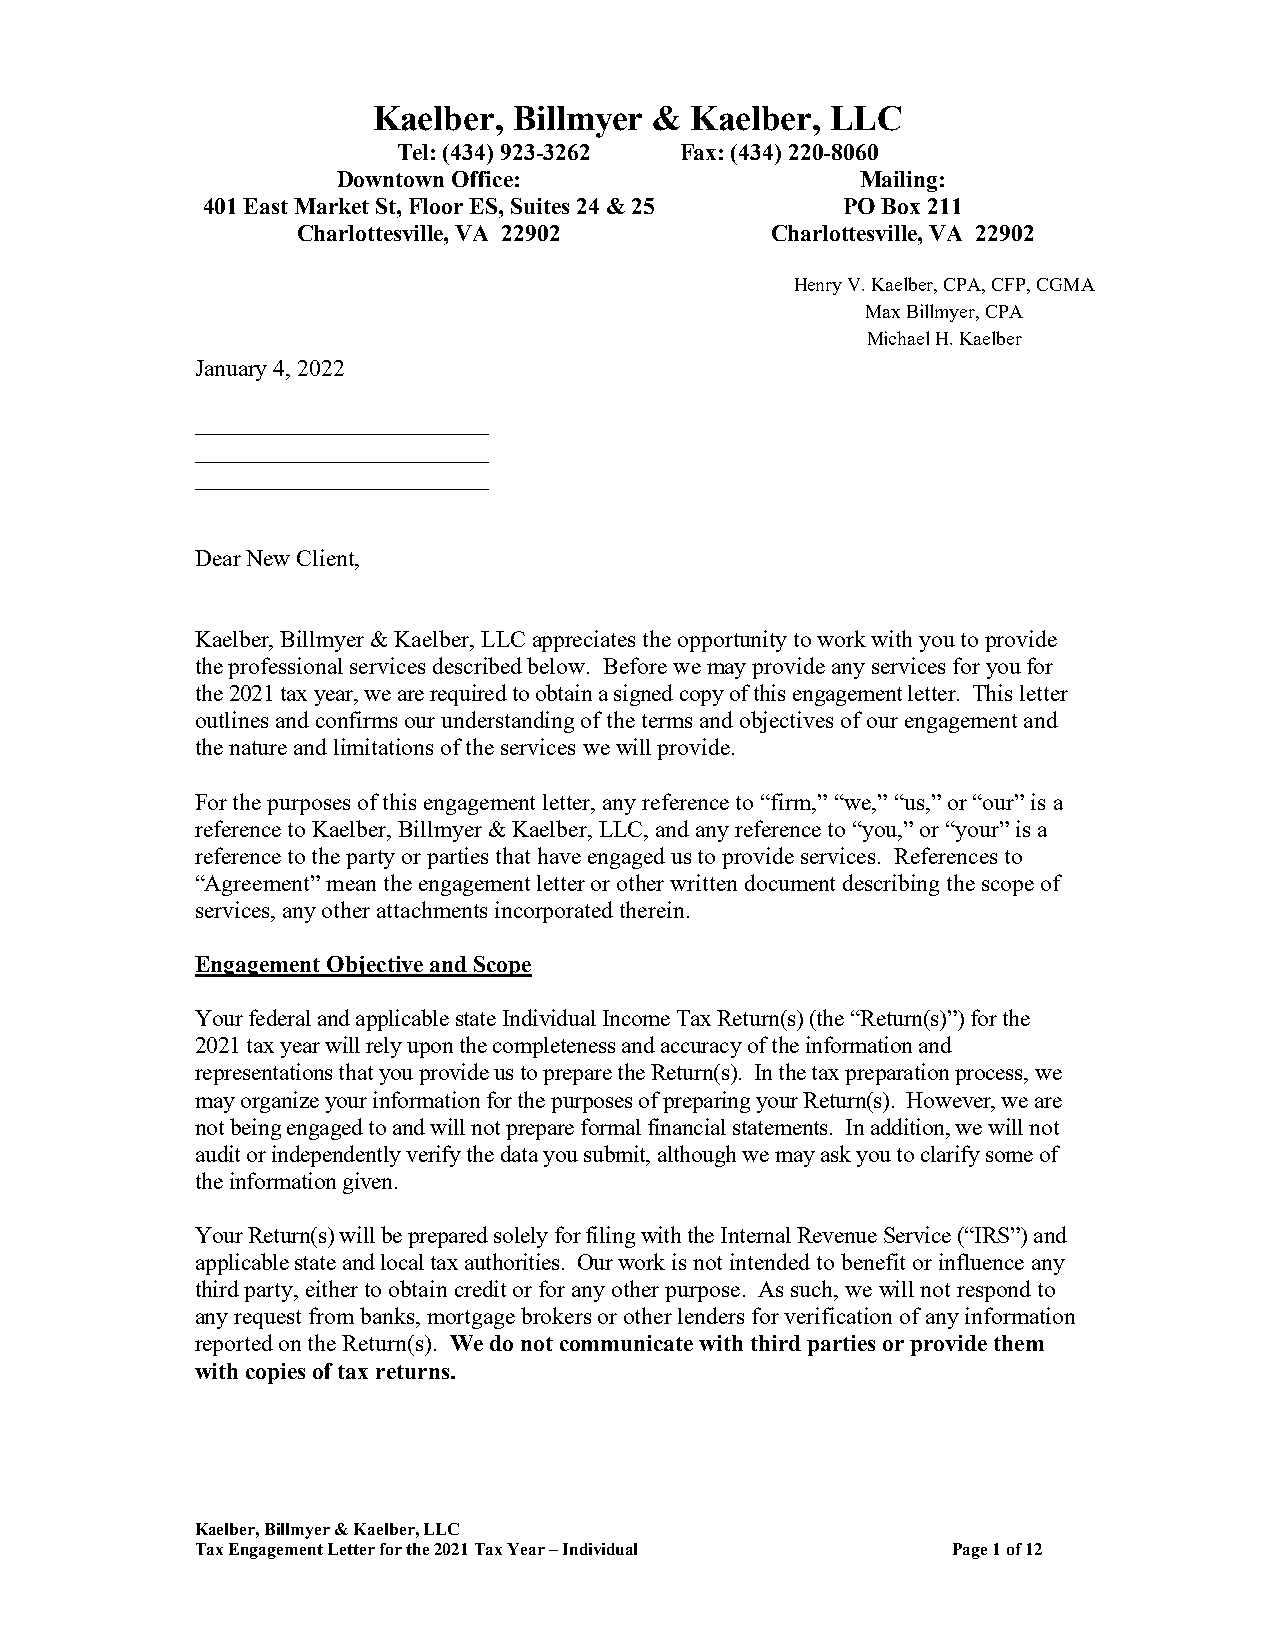
Kaelber, Billmyer &  Kaelber, LLC
 Tel: (434) 923-3262 Fax: (434) 220-8060
 Downtown Office:                   Mailing:
 401 East Market St, Floor ES, Suites 24 & 25 PO Box 211
 Charlottesville, VA 22902      Charlottesville, VA 22902
 Henry V. Kaelber, CPA, CFP, CGMA
 Max Billmyer, CPA
 Michael H. Kaelber
 January 4, 2022
 _________________________
 _________________________
 _________________________
 Dear New Client,
 Kaelber, Billmyer & Kaelber, LLC appreciates the opportunity to work with you to provide
 the professional services described below. Before we may provide any services for you for
 the 2021 tax year, we are required to obtain a signed copy of this engagement letter. This letter
 outlines and confirms our understanding of the terms and objectives of our engagement and
 the nature and limitations of the services we will provide.
 For the purposes of this engagement letter, any reference to “firm,” “we,” “us,” or “our” is a
 reference to Kaelber, Billmyer & Kaelber, LLC, and any reference to “you,” or “your” is a
 reference to the party or parties that have engaged us to provide services. References to
 “Agreement” mean the engagement letter or other written document describing the scope of
 services, any other attachments incorporated therein.
 Engagement Objective and Scope
 Your federal and applicable state Individual Income Tax Return(s) (the “Return(s)”) for the
 2021 tax year will rely upon the completeness and accuracy of the information and
 representations that you provide us to prepare the Return(s). In the tax preparation process, we
 may organize your information for the purposes of preparing your Return(s). However, we are
 not being engaged to and will not prepare formal financial statements. In addition, we will not
 audit or independently verify the data you submit, although we may ask you to clarify some of
 the information given.
 Your Return(s) will be prepared solely for filing with the Internal Revenue Service (“IRS”) and
 applicable state and local tax authorities. Our work is not intended to benefit or influence any
 third party, either to obtain credit or for any other purpose. As such, we will not respond to
 any request from banks, mortgage brokers or other lenders for verification of any information
 reported on the Return(s). We do not communicate with third parties or provide them
 with copies of tax returns.
 Kaelber, Billmyer & Kaelber, LLC
 Tax Engagement Letter for the 2021 Tax Year – Individual Page 1 of 12